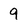
Character: 9